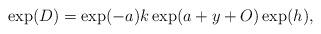
LaTeX: \begin{align*}\exp(D) = \exp(-a)k\exp(a+y+O) \exp(h),\end{align*}